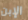
الإبن